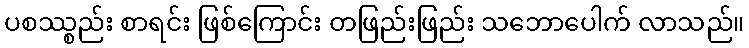
ပစဿ္စည်း စာရင်း ဖြစ်ကြောင်း တဖြည်းဖြည်း သဘောပေါက် လာသည်။